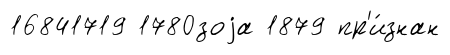
16841719 1780зоjа 1879 пр'и́знан